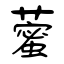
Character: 藌